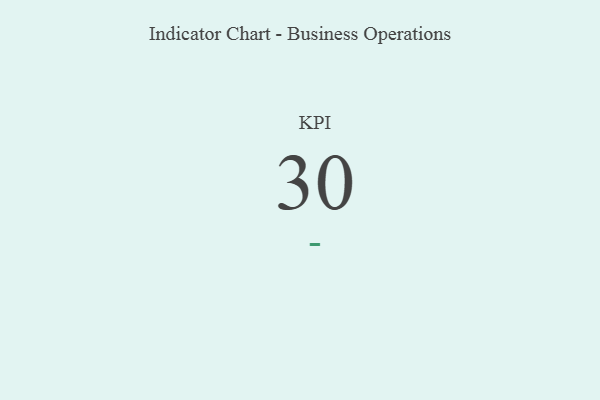
{"axis": {"x": "KPI", "y": "Value"}, "legend": [""], "data": [{"x": "KPI", "y": 30, "type": ""}]}